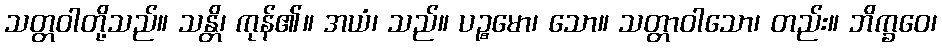
သတ္တဝါတို့သည်။ သန္တိ၊ ကုန်၏။ အယံ၊ သည်။ ပဉ္စမော၊ သော။ သတ္တာဝါသော၊ တည်း။ ဘိက္ခဝေ၊